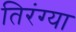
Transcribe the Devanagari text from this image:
तिरंग्या